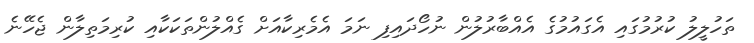
ތަހުލީލު ކުރުމުގައި އެގައުމުގެ އެއްބާރުލުން ނުހޯދައިފި ނަމަ އެމެރިކާއަށް ގެއްލުންތަކަކާއި ކުރިމަތިލާން ޖެހޭނެ